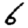
Digit: 6